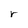
Character: r